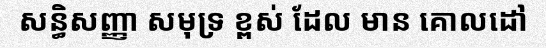
សន្ធិសញ្ញា សមុទ្រ ខ្ពស់ ដែល មាន គោលដៅ